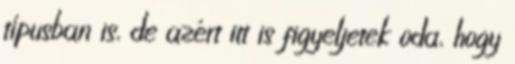
típusban is, de azért itt is figyeljetek oda, hogy